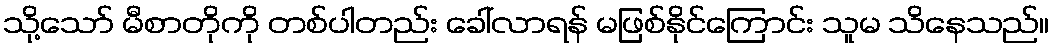
သို့သော် မီစာတိုကို တစ်ပါတည်း ခေါ်လာရန် မဖြစ်နိုင်ကြောင်း သူမ သိနေသည်။